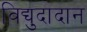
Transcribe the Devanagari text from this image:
विद्युदादान